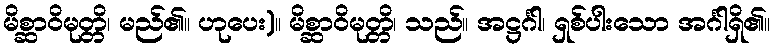
မိစ္ဆာဝိမုတ္တိ၊ မည်၏။ ဟုပေး)။ မိစ္ဆာဝိမုတ္တိ၊ သည်။ အဋ္ဌင်္ဂါ၊ ရှစ်ပါးသော အင်္ဂါရှိ၏။